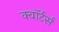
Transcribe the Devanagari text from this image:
क्वॉर्टर्स